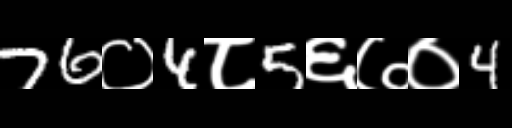
Text: 76०4८5६७०4